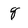
Character: g